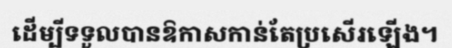
ដើម្បីទទួលបានឱកាសកាន់តែប្រសើរឡើង។